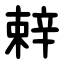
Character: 辢